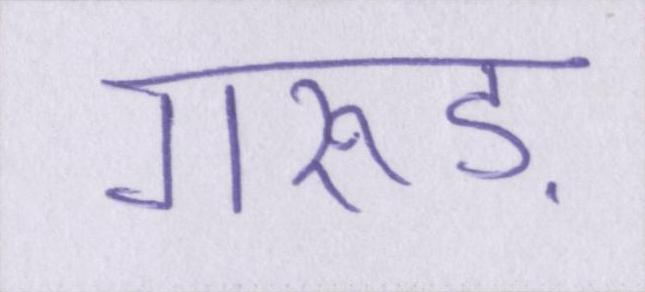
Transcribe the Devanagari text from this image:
गरुड़